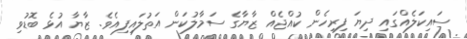
ސައިކަލެއްގައި ދިޔަ ފިރިހެން ކުއްޖެއް ޒާޔާގެ ސަމާލުކަން އަތުލައިފިއެވެ. ޒާޔާ އުޅެ ބޮޑުވި